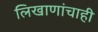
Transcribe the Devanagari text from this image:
लिखाणांचाही